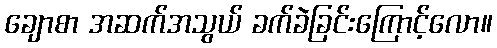
ချောစာ အဆက်အသွယ် ခက်ခဲခြင်းကြောင့်လော။